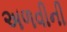
અળવીની